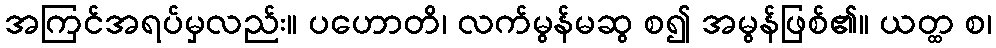
အကြင်အရပ်မှလည်း။ ပဟောတိ၊ လက်မွန်မဆွ စ၍ အမွန်ဖြစ်၏။ ယတ္ထ စ၊